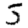
Digit: 5